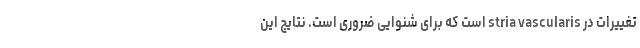
تغییرات در stria vascularis است که برای شنوایی ضروری است. نتایج این